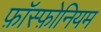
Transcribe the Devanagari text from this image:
फ़ॉस्फ़ोनियम